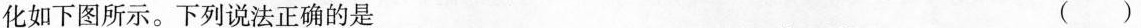
化如下图所示。下列说法正确的是 ()